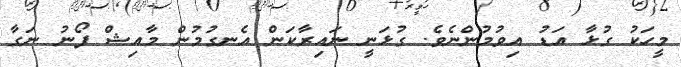
މީހަކު ގުޅާ އަޑު އިވުމުންނެވެ. ގުޅަނީ ނައިރާކަން އެނގުމުން މާއިޝް ފޯނު ނަގާ